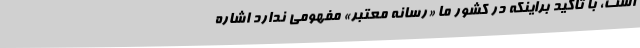
است، با تاکید براینکه در کشور ما «رسانه معتبر» مفهومی ندارد اشاره